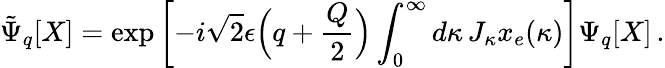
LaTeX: \tilde{\Psi}_{q}[X]=\exp\left[-i\sqrt{2}\epsilon\Bigl(q+\frac{Q}{2}\Bigr)\int_{0}^{\infty}d\kappa\, J_{\kappa}x_{e}(\kappa)\right]\Psi_{q}[X]\, .